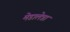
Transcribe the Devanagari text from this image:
मेडालेन्ना